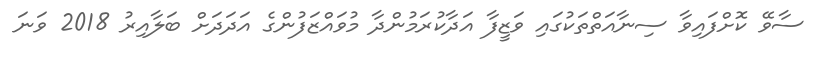
ސާވޭ ކޮށްފައިވާ ސިނާއަތްތަކުގައި ވަޒީފާ އަދާކުރަމުންދާ މުވައްޒަފުންގެ އަދަދަށް ބަލާއިރު 2018 ވަނަ